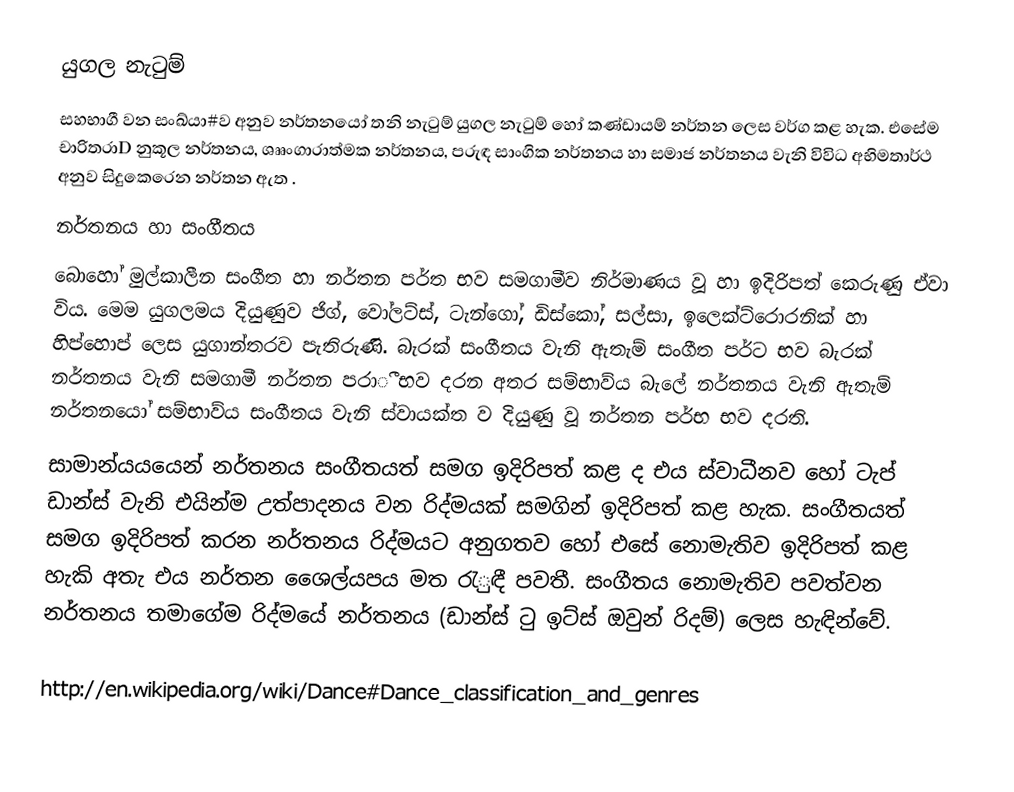
යුගල නැටුම්
සහභාගී වන සංඛ්යා#ව අනුව නර්තනයෝ තනි නැටුම් යුගල නැටුම් හෝ කණ්ඩායම් නර්තන ලෙස වර්ග කළ හැක. එසේම චාරිතරාD  නුකූල නර්තනය, ශෲංගාරාත්මක නර්තනය, පරුඳ සාංගික නර්තනය හා සමාජ නර්තනය වැනි විවිධ අභිමතාර්ථ අනුව සිදුකෙරෙන නර්තන ඇත .
නර්තනය හා සංගීතය
බොහෝ මුල්කාලීන සංගීත හා නර්තන පර්ත භව සමගාමීව නිර්මාණය වූ හා ඉදිරිපත් කෙරුණු ඒවා විය. මෙම යුගලමය දියුණුව ජිග්, වෝලට්ස්, ටැන්ගෝ, ඩිස්කෝ, සල්සා, ඉලෙක්ට්රොරනික් හා හිප්හොප් ලෙස යුගාන්තරව පැතිරුණි. බැරක් සංගීතය වැනි ඇතැම් සංගීත පර්ට භව බැරක් නර්තනය වැනි සමගාමී නර්තන පරාී භව දරන අතර සම්භාව්ය  බැලේ නර්තනය වැනි ඇතැම් නර්තනයෝ  සම්භාව්ය  සංගීතය වැනි ස්වායක්ත ව දියුණු වූ නර්තන පර්භ භව දරති.
සාමාන්යයයෙන් නර්තනය සංගීතයත් සමග ඉදිරිපත් කළ ද එය ස්වාධීනව හෝ ටැප් ඩාන්ස් වැනි එයින්ම උත්පාදනය වන රිද්මයක් සමගින් ඉදිරිපත් කළ හැක. සංගීතයත් සමග ඉදිරිපත් කරන නර්තනය රිද්මයට අනුගතව හෝ එසේ නොමැතිව ඉදිරිපත් කළ හැකි අතැ එය නර්තන ශෛල්යපය මත රැුඳී පවතී. සංගීතය නොමැතිව පවත්වන නර්තනය තමාගේම රිද්මයේ නර්තනය (ඩාන්ස් ටු ඉට්ස් ඔවුන් රිදම්) ලෙස හැඳින්වේ.

http://en.wikipedia.org/wiki/Dance#Dance_classification_and_genres